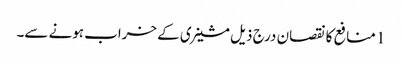
1 منافع کا نقصان درج ذیل مشینری کے خراب ہونے سے۔